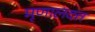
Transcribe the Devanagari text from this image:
मृणालदत्त